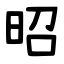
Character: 昭